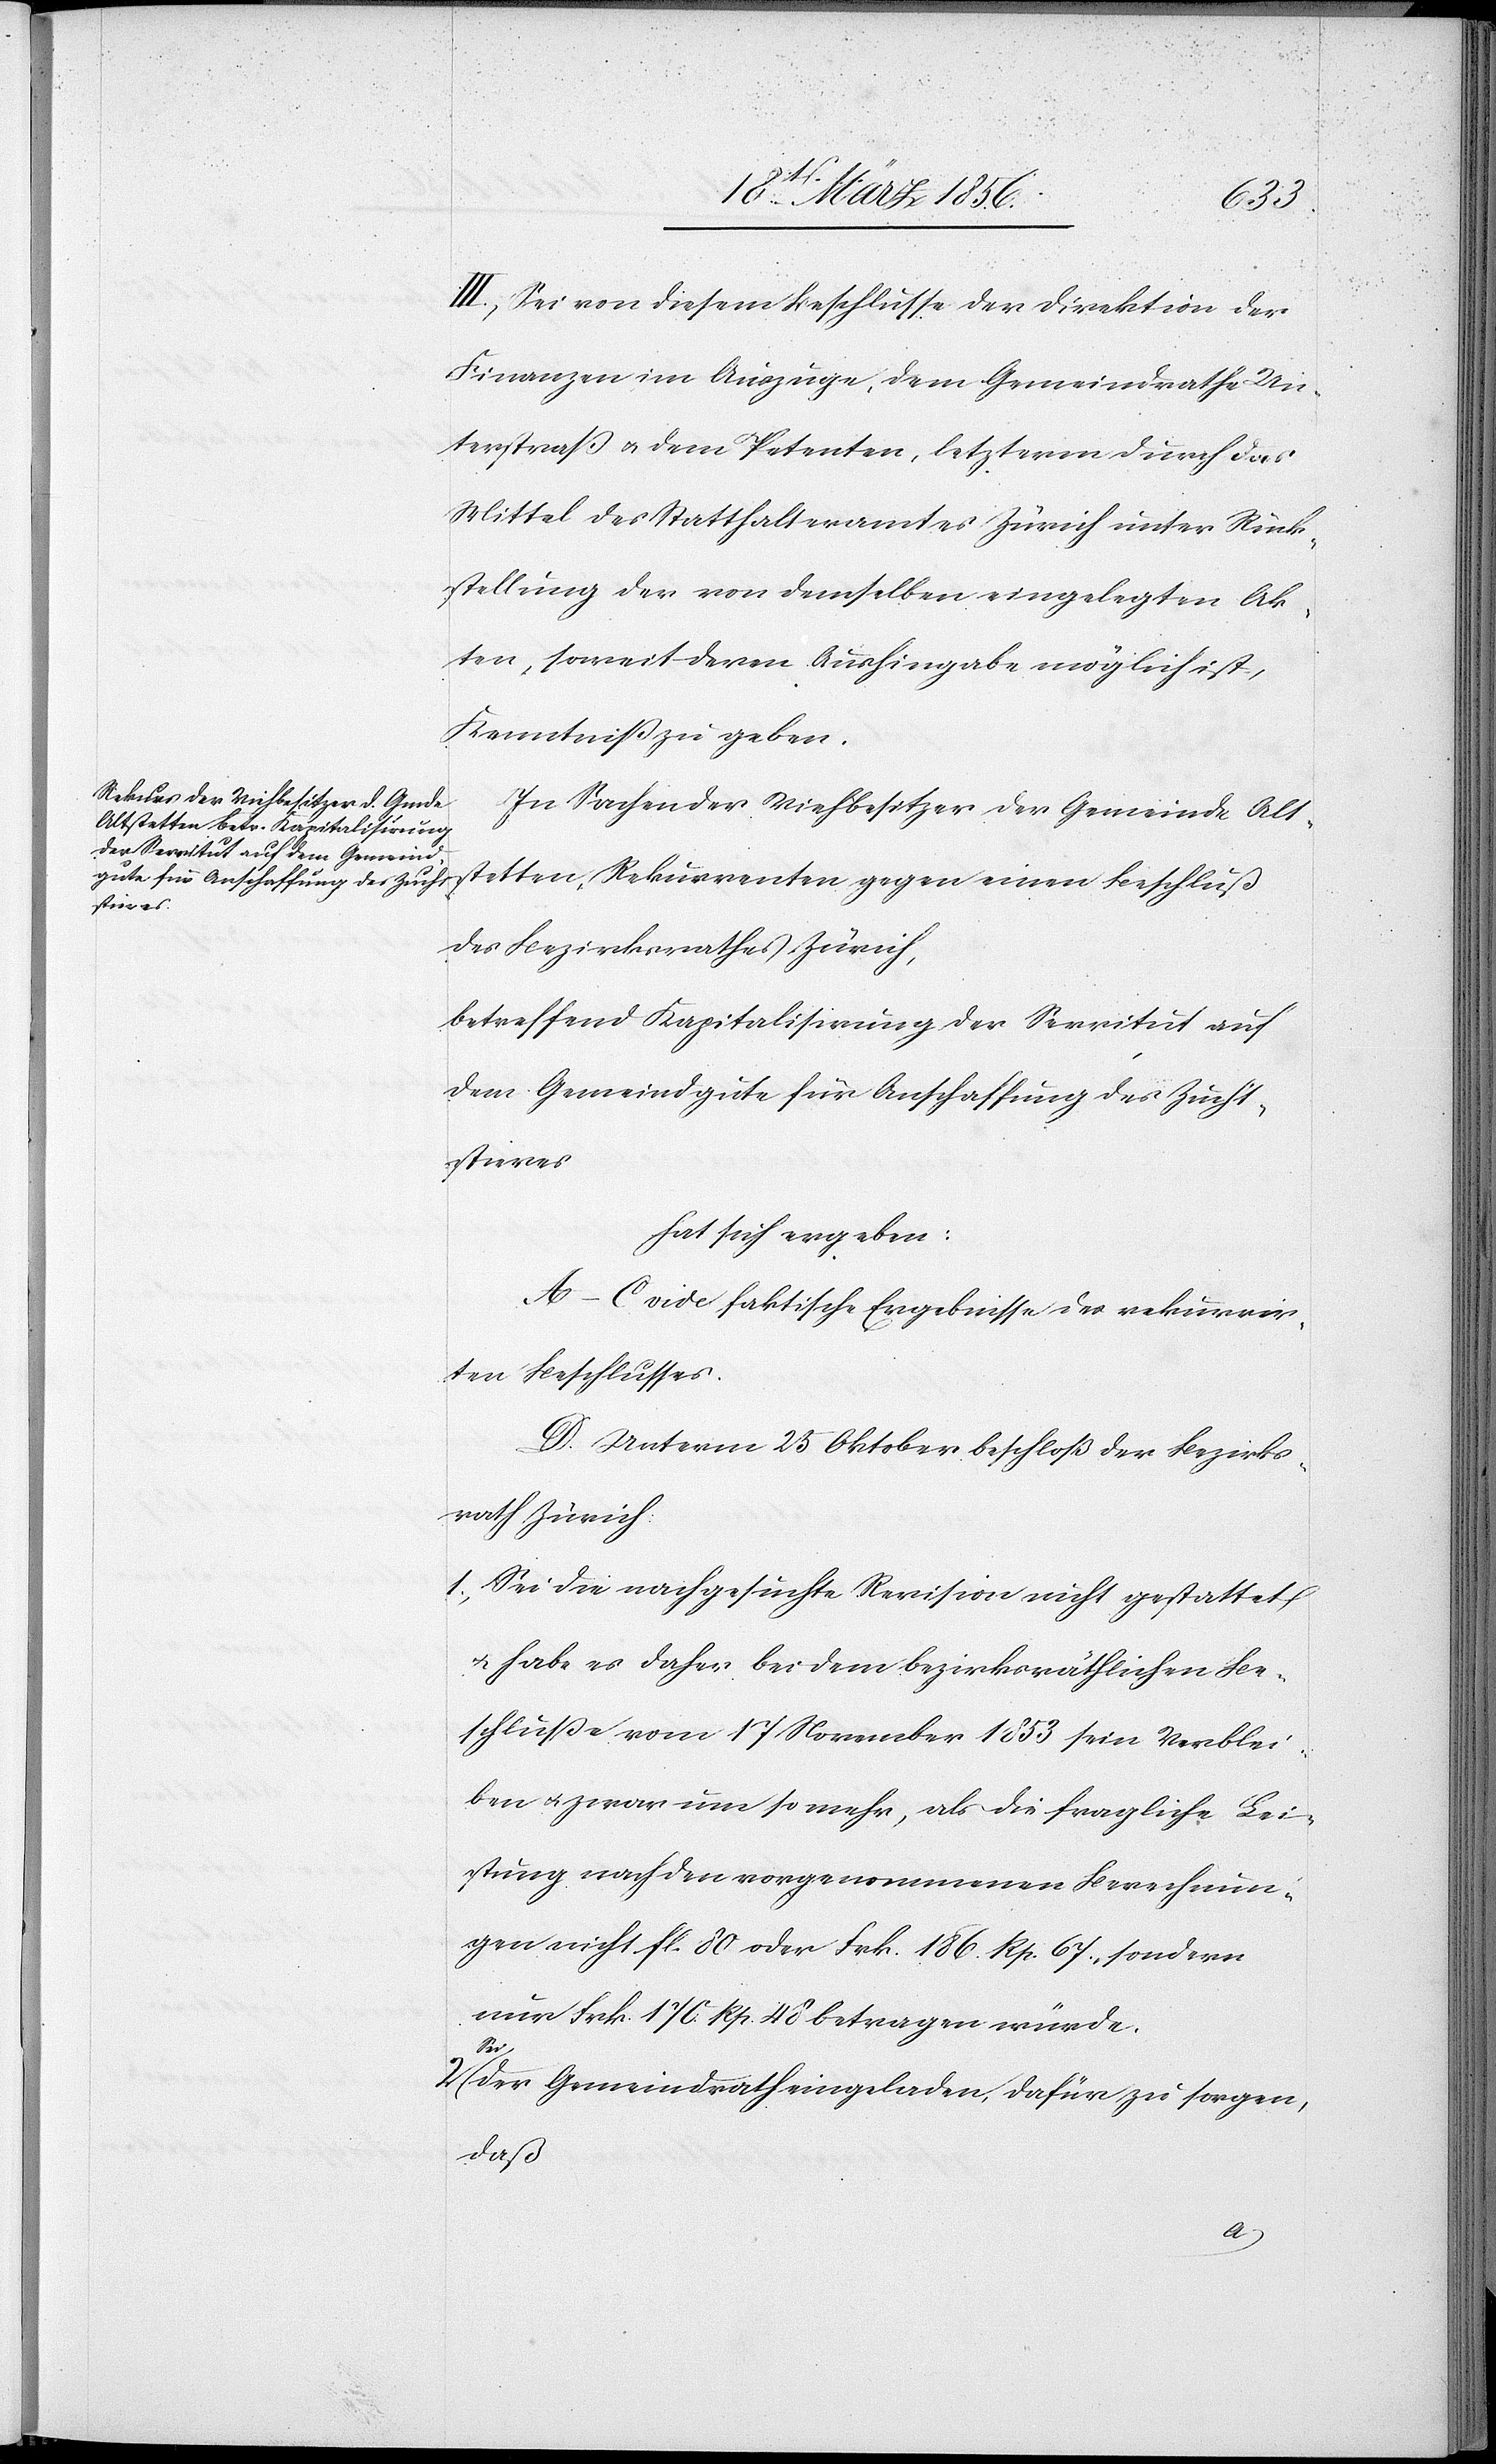
III., Sei von diesem Beschlusse der Direktion der
Finanzen im Auszuge, dem Gemeindrathe Un¬
terstraß u. dem Petenten, letzterm durch das
Mittel des Statthalteramtes Zürich unter Rück¬
stellung der von demselben eingelegten Ak¬
ten, soweit deren Aushingabe möglich ist,
Kenntniß zu geben.
In Sachen der Viehbesitzer der Gemeinde Alt¬
stetten, Rekurrenten gegen einen Beschluß
des Bezirksrathes Zürich,
betreffend Kapitalisirung der Servitut auf
dem Gemeindgute für Anschaffung des Zucht¬
stieres
hat sich ergeben:
A–C. vide faktische Ergebnisse des rekurrir¬
ten Beschlusses.
D. Unterm 25 Oktober beschloß der Bezirks¬
rath Zürich:
1., Sei die nachgesuchte Revision nicht gestattet
u. habe es daher bei dem bezirksräthlichen Be¬
schluße vom 17 November 1853 sein Verblei¬
ben u. zwar um so mehr, als die fragliche Lei¬
stung nach den vorgenommenen Berechnun¬
gen nicht fl. 80 oder Frk. 186. Rp. 67., sondern
nur Frk. 170. Rp. 48 betragen würde.
2.
der Gemeindrath eingeladen, dafür zu sorgen,
daß